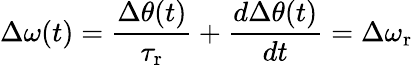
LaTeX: \Delta\omega(t)=\frac{\Delta\theta(t)}{\tau_{\mathrm{r}}}+\frac{d\Delta\theta(t)}{dt}=\Delta\omega_{\mathrm{r}}